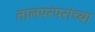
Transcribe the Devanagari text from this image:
तालपरंपरांच्या